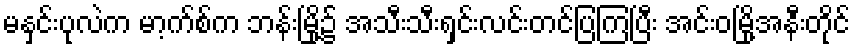
မနှင်းပုလဲက မာ့က်စ်က ဘန်းမြို့၌ အသီးသီးရှင်းလင်းတင်ပြကြပြီး အင်းဝမြို့အနီးတိုင်